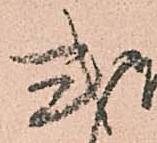
式